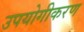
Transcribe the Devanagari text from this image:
उपयोगीकरण